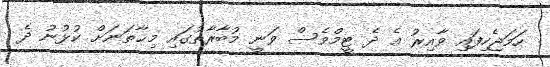
ހަމަޖެހިފައި ވާއިރު އެ ދެ ޓީމްވެސް ވަނީ މުބާރާތުގައި މިޙާތަނަށް ކުޅުނު ދެ